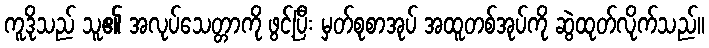
ကူဒိုသည် သူ၏ အလုပ်သေတ္တာကို ဖွင့်ပြီး မှတ်စုစာအုပ် အထူတစ်အုပ်ကို ဆွဲထုတ်လိုက်သည်။